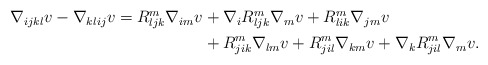
\begin{align*}\begin{aligned}\nabla_{ijkl} v - \nabla_{klij} v= R^m_{ljk} \nabla_{im} v & + \nabla_i R^m_{ljk} \nabla_m v + R^m_{lik} \nabla_{jm} v \\ & + R^m_{jik} \nabla_{lm} v + R^m_{jil} \nabla_{km} v + \nabla_k R^m_{jil} \nabla_m v.\end{aligned}\end{align*}